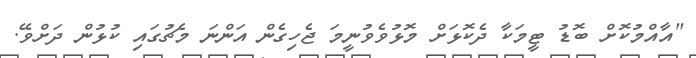
"އާއްމުކޮށް ބޮޑު ޓީމަކާ ދެކޮޅަށް މޮޅުވެވުނީމަ ޖެހިގެން އަންނަ މެޗުގައި ކުޅުން ދަށްވޭ.